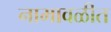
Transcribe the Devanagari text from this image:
नामावळीत